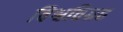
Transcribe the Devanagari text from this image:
विश्वविग्रह